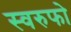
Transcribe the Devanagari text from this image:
स्वरुफो